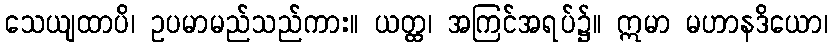
သေယျထာပိ၊ ဥပမာမည်သည်ကား။ ယတ္ထ၊ အကြင်အရပ်၌။ ဣမာ မဟာနဒိယော၊